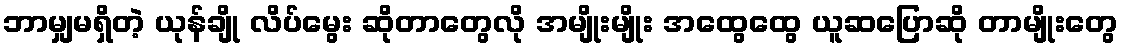
ဘာမျှမရှိတဲ့ ယုန်ချို လိပ်မွေး ဆိုတာတွေလို အမျိုးမျိုး အထွေထွေ ယူဆပြောဆို တာမျိုးတွေ